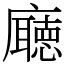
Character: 廰